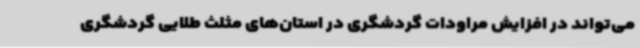
می‌تواند در افزایش مراودات گردشگری در استان‌های مثلث طلایی گردشگری